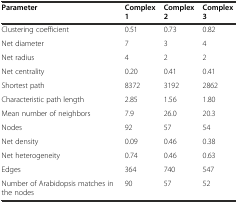
| Parameter | Complex 1 | Complex 2 | Complex 3 |
 | --- | --- | --- | --- |
 | Clustering coefficient | 0.51 | 0.73 | 0.82 |
 | Net diameter | 7 | 3 | 4 |
 | Net radius | 4 | 2 | 2 |
 | Net centrality | 0.20 | 0.41 | 0.41 |
 | Shortest path | 8372 | 3192 | 2862 |
 | Characteristic path length | 2.85 | 1.56 | 1.80 |
 | Mean number of neighbors | 7.9 | 26.0 | 20.3 |
 | Nodes | 92 | 57 | 54 |
 | Net density | 0.09 | 0.46 | 0.38 |
 | Net heterogeneity | 0.74 | 0.46 | 0.63 |
 | Edges | 364 | 740 | 547 |
 | Number of Arabidopsis matches in the nodes | 90 | 57 | 52 |